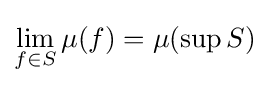
\lim _{f\in S}\mu (f)=\mu (\sup S)